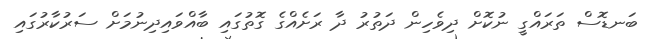
ބަނޑޮސް ތަރައްގީ ނުކޮށް ދިވެހިން ދަތުރު ދާ ރަށެއްގެ ގޮތުގައި ބާއްވައިދިނުމަށް ސަރުކާރުގައި